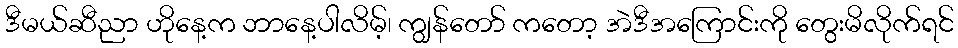
ဒီမယ်ဆီညာ ဟိုနေ့က ဘာနေ့ပါလိမ့်၊ ကျွန်တော် ကတော့ အဲဒီအကြောင်းကို တွေးမိလိုက်ရင်